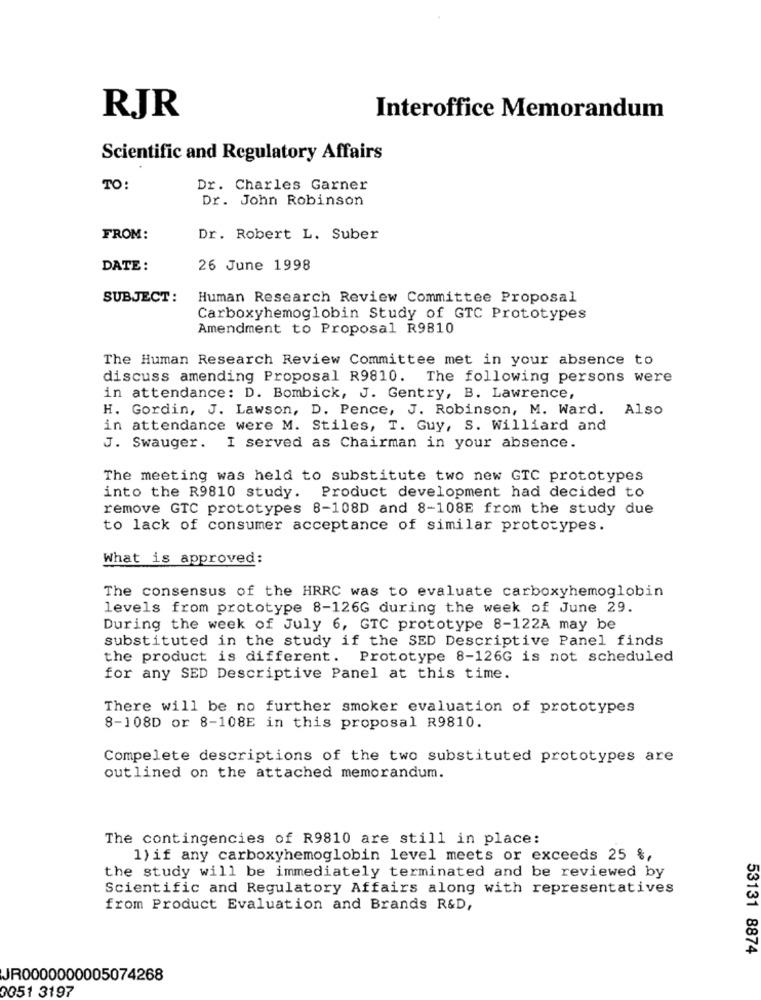
RJR
Interoffice Memorandum
Scientific and Regulatory Affairs
TO:
Dr. Charles Garner
Dr. John Robinson
FROM:
Dr. Robert L. Suber
DATE :
26 June 1998
SUBJECT:
Human Research Review Committee Proposal
Carboxyhemoglobin Study of GTC Prototypes
Amendment to Proposal R9810
The Human Research Review Committee met in your absence to
discuss amending Proposal R9810. The following persons were
in attendance: D. Bombick, J. Gentry, B. Lawrence,
H. Gordin, J. Lawson, D. Pence, J. Robinson, M. Ward. Also
in attendance were M. Stiles, T. Guy, S. Williard and
J. Swauger. I served as Chairman in your absence.
The meeting was held to substitute two new GTC prototypes
into the R9810 study. Product development had decided to
remove GTC prototypes 8-108D and 8-108E from the study due
to lack of consumer acceptance of similar prototypes.
What is approved:
The consensus of the HRRC was to evaluate carboxyhemoglobin
levels from prototype 8-126G during the week of June 29.
During the week of July 6, GTC prototype 8-122A may be
substituted in the study if the SED Descriptive Panel finds
the product is different. Prototype 8-126G is not scheduled
for any SED Descriptive Panel at this time.
There will be no further smoker evaluation of prototypes
8-108D or 8-108E in this proposal R9810.
Compelete descriptions of the two substituted prototypes are
outlined on the attached memorandum.
The contingencies of R9810 are still in place:
1) if any carboxyhemoglobin level meets or exceeds 25 %,
the study will be immediately terminated and be reviewed by
Scientific and Regulatory Affairs along with representatives
from Product Evaluation and Brands R&D,
53131 8874
JR0000000005074268
0051 3197